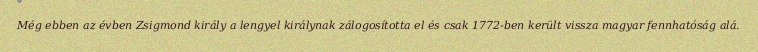
Még ebben az évben Zsigmond király a lengyel királynak zálogosította el és csak 1772-ben került vissza magyar fennhatóság alá.